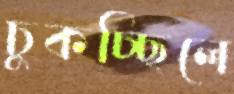
চুকচ্ছিলে